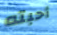
أحبته